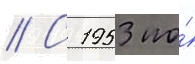
// С 1953 по́